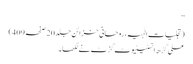
‘‘
(تجلیاتِ الٰہیہ، روحانی خزائن جلد20 صفحہ409)
علی گڑھ انسٹیٹیوٹ گزٹ نے لکھا۔